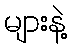
များနဲ့